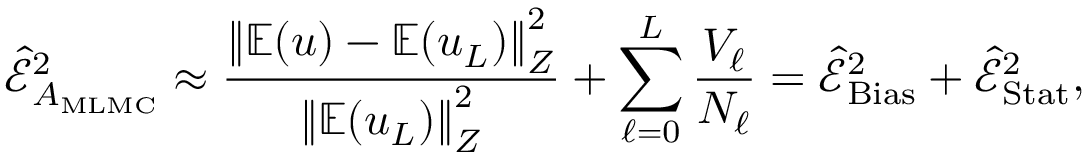
\widehat { \mathcal { E } } _ { A _ { \mathrm { M L M C } } } ^ { 2 } \approx \frac { \left\Vert \mathbb { E } ( u ) - \mathbb { E } ( u _ { L } ) \right\Vert _ { Z } ^ { 2 } } { \left\Vert \mathbb { E } ( u _ { L } ) \right\Vert _ { Z } ^ { 2 } } + \sum _ { \ell = 0 } ^ { L } \frac { V _ { \ell } } { N _ { \ell } } = \widehat { \mathcal { E } } _ { \mathrm { B i a s } } ^ { 2 } + \widehat { \mathcal { E } } _ { \mathrm { S t a t } } ^ { 2 } ,